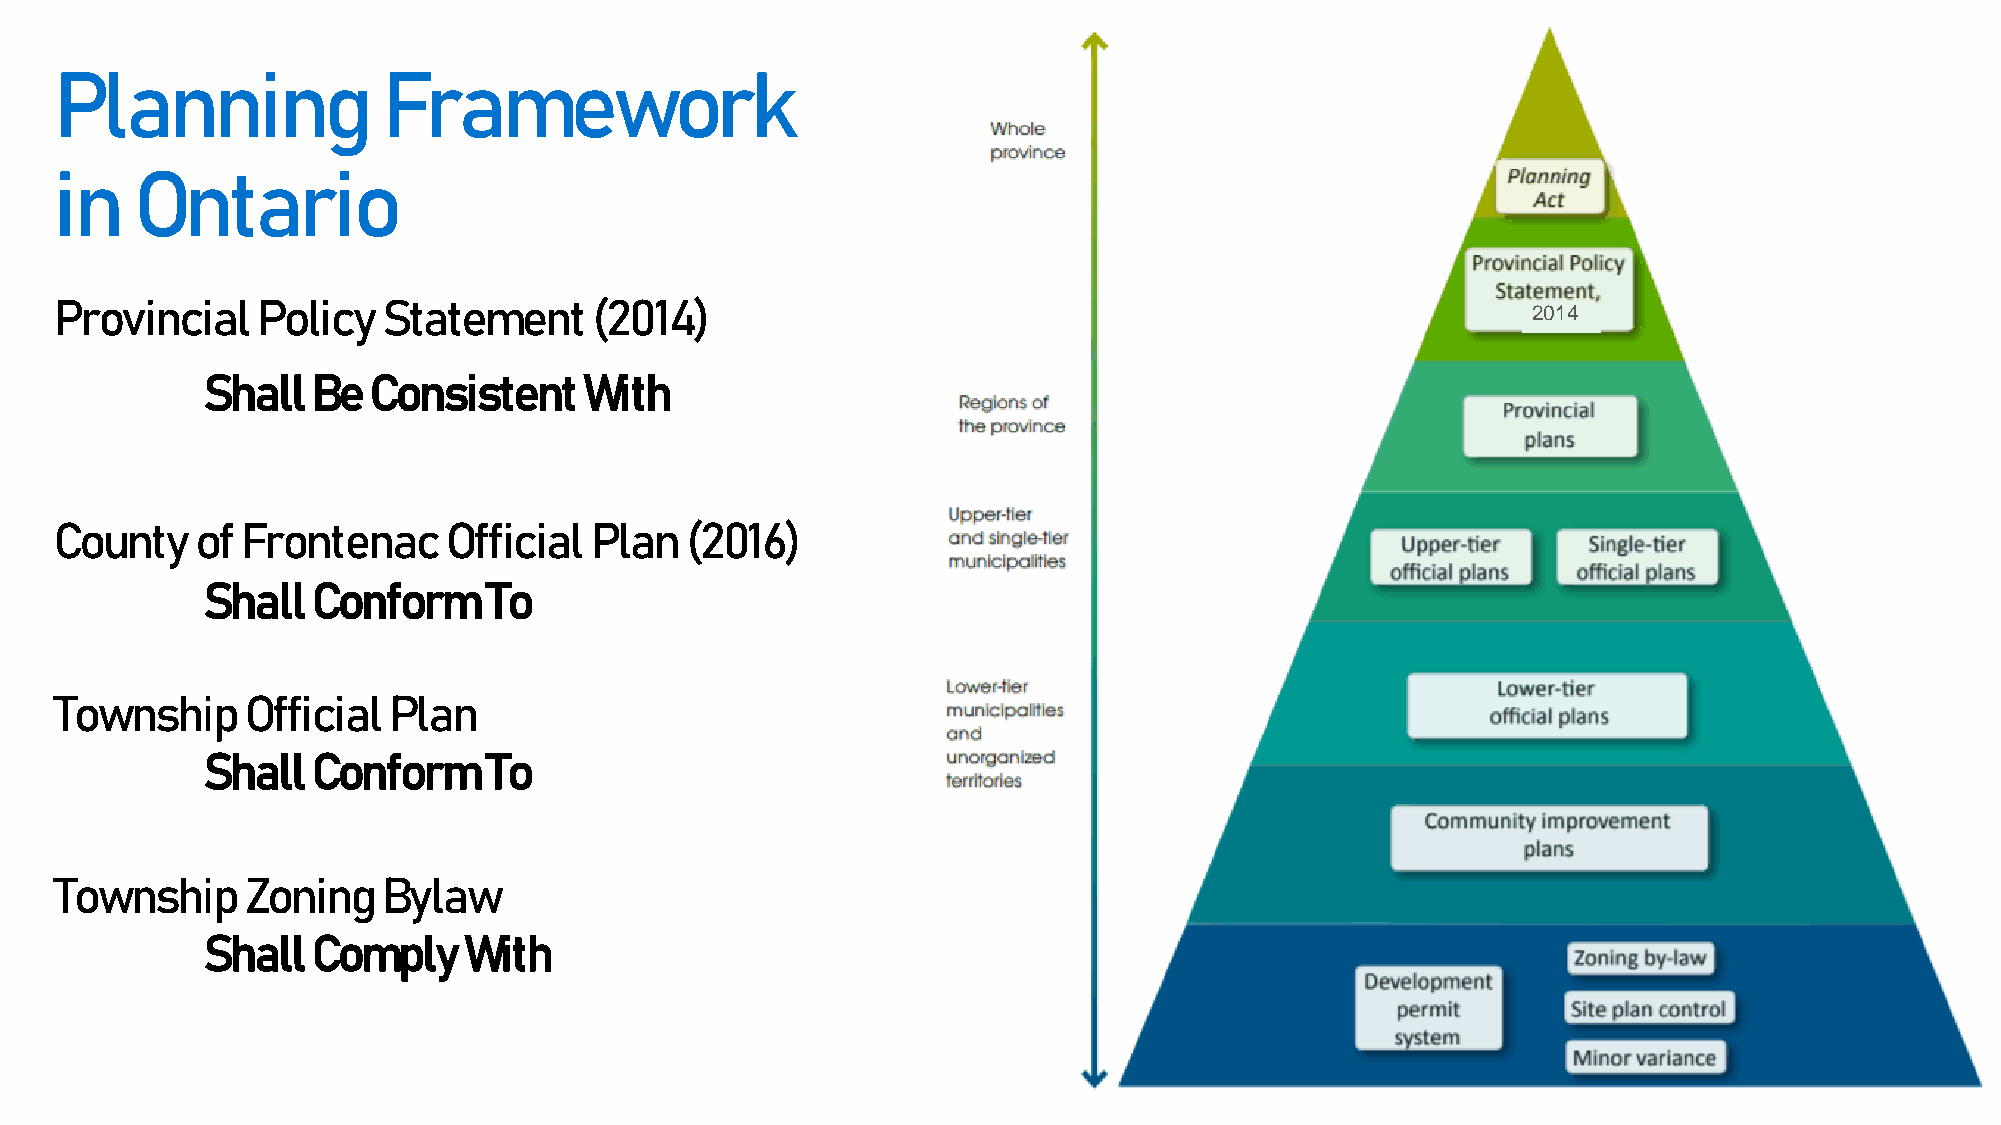
Planning             Framework
 in   Ontario
 Provincial   Policy  Statement     (2014)
 2014
 Shall   Be Consistent     With
 County   of Frontenac    Official  Plan  (2016)
 Shall   Conform    To
 Township    Official  Plan
 Shall   Conform    To
 Township    Zoning   Bylaw
 Shall   Comply    With